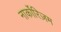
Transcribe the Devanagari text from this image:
नार्कोरिज़म